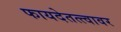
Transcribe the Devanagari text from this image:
फायदेतत्त्वावर